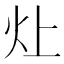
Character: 𬉷